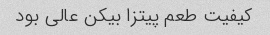
کیفیت طعم پیتزا بیکن عالی بود